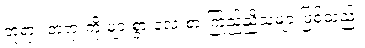
ဘုရား တရားကို များစွာ လေးစားကြည်ညိုသူများဖြစ်သည်။